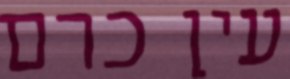
עין כרם